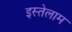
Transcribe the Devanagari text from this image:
इस्तेलाम